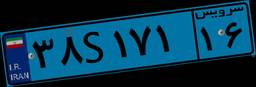
۳۸S۱۷۱۱۶